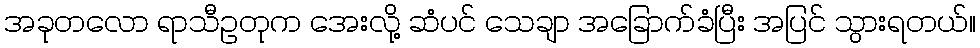
အခုတလော ရာသီဥတုက အေးလို့ ဆံပင် သေချာ အခြောက်ခံပြီး အပြင် သွားရတယ်။